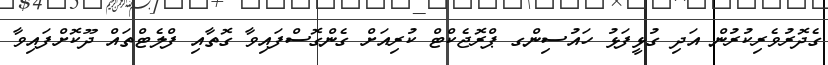
ގެދޮރުވެރިކުރުން އަދި ގުޅީފަޅު ހައުސިންގ ޕްރޮޖެކްޓް ކުރިއަށް ގެންގޮސްފައިވާ ގޮތާއި ފްލެޓްތައް ދޫކޮށްފައިވާ